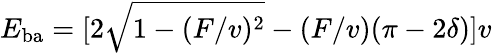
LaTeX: E_{\mathrm{ba}}=[2\sqrt{1-(F/v)^{2}}-(F/v)(\pi-2\delta)]v